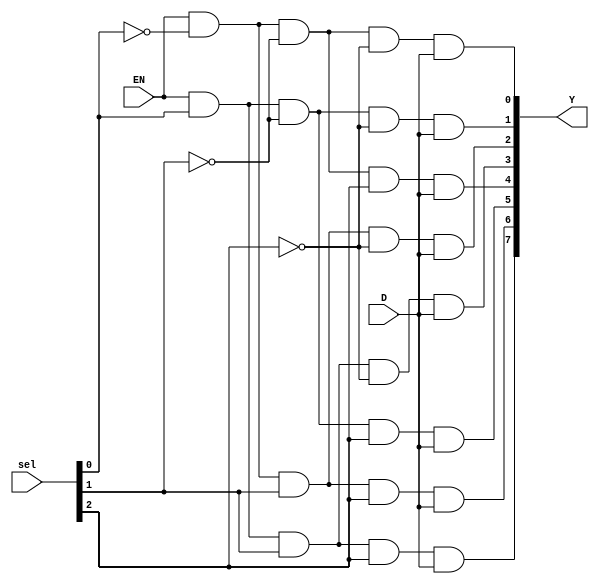
module demux1to8_g(D, sel, EN, Y);
    input               D, EN;
    input       [2:0]   sel;
    output wire [7:0]   Y;
    
    wire        [2:0]   nsel;
    
    not(nsel[0], sel[0]);
    not(nsel[1], sel[1]);
    not(nsel[2], sel[2]);

    and(Y[0], EN, nsel[0], nsel[1], nsel[2], D);
    and(Y[1], EN, sel[0], nsel[1], nsel[2], D);
    and(Y[2], EN, nsel[0], sel[1], nsel[2], D);
    and(Y[3], EN, sel[0], sel[1], nsel[2], D);
    and(Y[4], EN, nsel[0], nsel[1], sel[2], D);
    and(Y[5], EN, sel[0], nsel[1], sel[2], D);
    and(Y[6], EN, nsel[0], sel[1], sel[2], D);
    and(Y[7], EN, sel[0], sel[1], sel[2], D);
endmodule